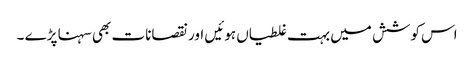
اس کوشش میں بہت غلطیاں ہوئیں اور نقصانات بھی سہنا پڑے ۔